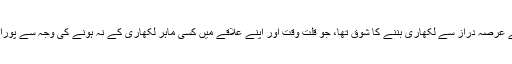
خود مجھے عرصہ دراز سے لکھاری بننے کا شوق تھا، جو قلت وقت اور اپنے علاقے میں کسی ماہر لکھاری کے نہ ہونے کی وجہ سے پورا نہ ہو سکا۔